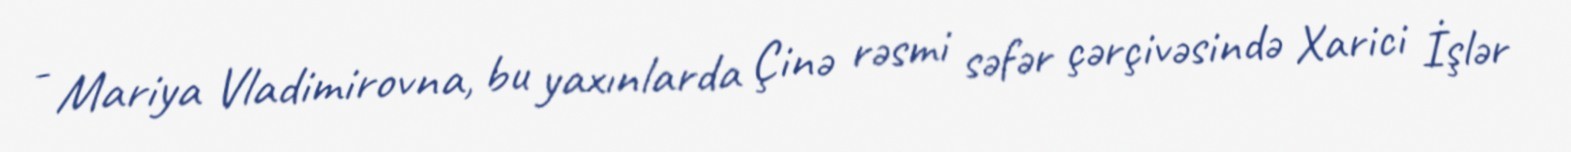
- Mariya Vladimirovna, bu yaxınlarda Çinə rəsmi səfər çərçivəsində Xarici İşlər